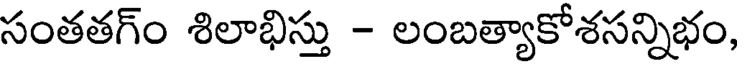
సంతతగ్ం శిలాభిస్తు - లంబత్యాకోశసన్నిభం,